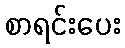
စာရင်းပေး